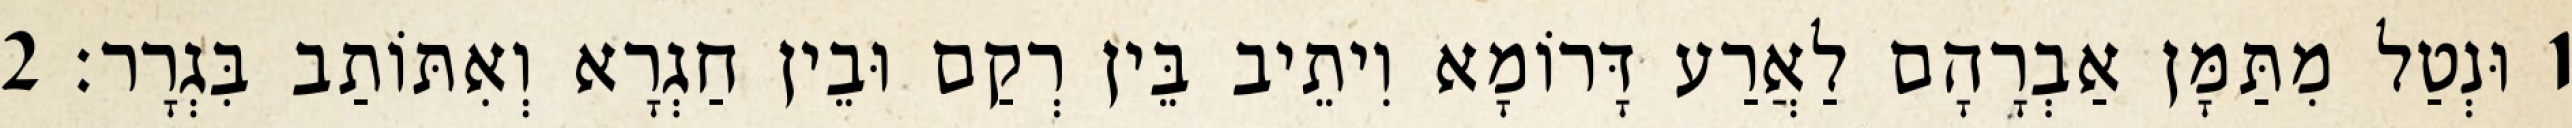
1 וּנְטַל מִתַּמָּן אַבְרָהָם לַאֲרַע דָּרוֹמָא וִיתֵיב בֵּין רְקַם וּבֵין חַגְרָא וְאִתּוֹתַב בִּגְרָר׃ 2